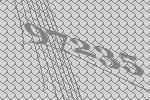
97235